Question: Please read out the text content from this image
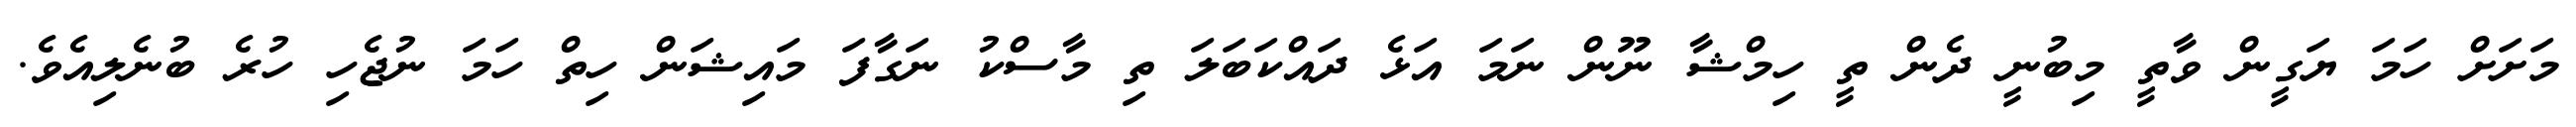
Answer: މަށަށް ހަމަ ޔަގީން ވާތީ މިބުނީ ދެން ތީ ހިމްޝާ ނޫން ނަމަ އަޅެ ދައްކަބަލަ ތި މާސްކު ނަގާފަ މައިޝަން ހިތް ހަމަ ނުޖެހި ހުރެ ބުނެލިއެވެ.